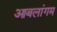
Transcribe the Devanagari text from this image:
आबलांगम